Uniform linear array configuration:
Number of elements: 48
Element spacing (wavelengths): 1
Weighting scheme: uniform
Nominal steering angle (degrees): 0
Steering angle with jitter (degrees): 1.825
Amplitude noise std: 0.05
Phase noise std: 0.05

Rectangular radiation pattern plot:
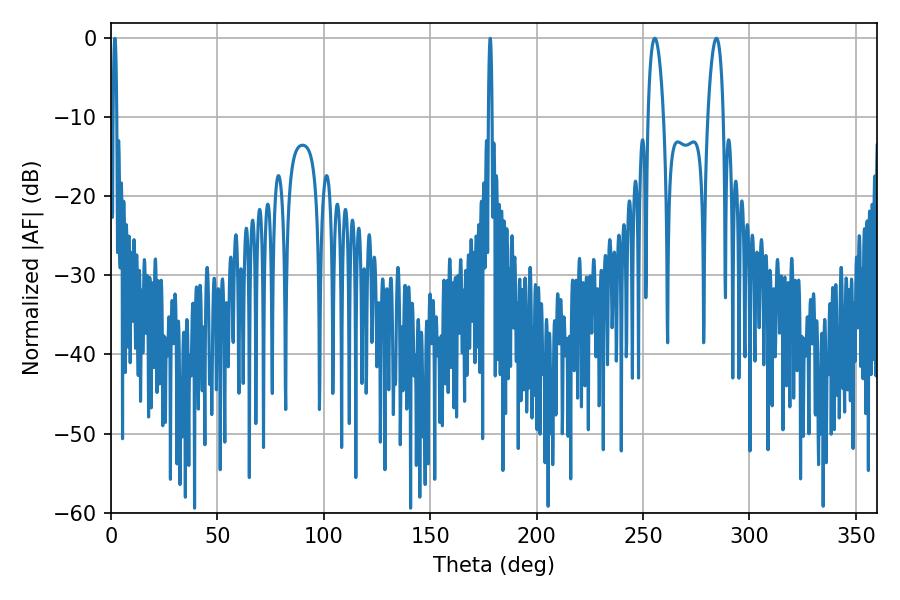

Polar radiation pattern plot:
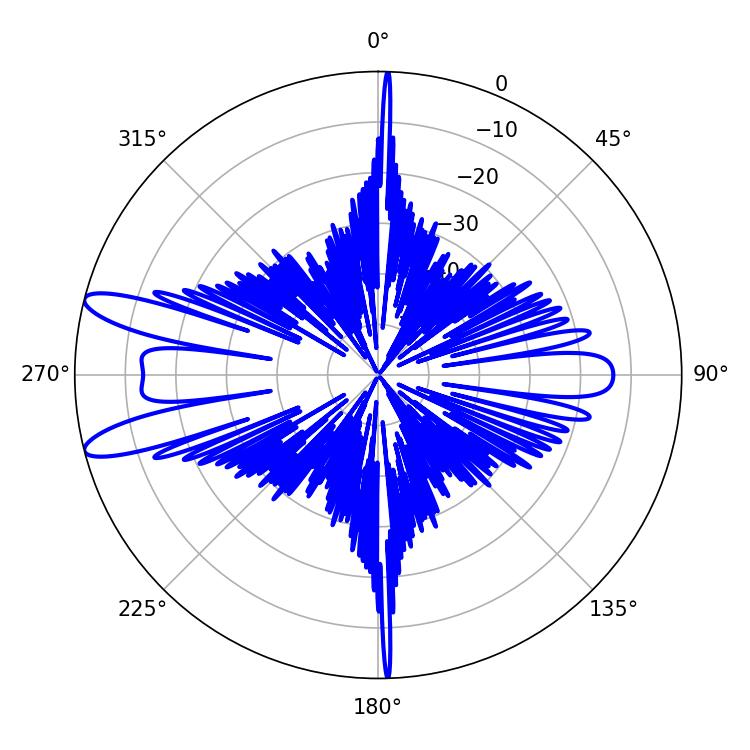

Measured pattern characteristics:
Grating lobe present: TRUE
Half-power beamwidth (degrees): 4.14
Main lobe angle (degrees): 284.4